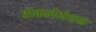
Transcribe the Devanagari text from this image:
प्रोकलेमेशन